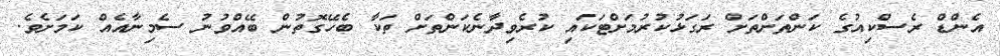
އެންޑް ރެސްކިއުގެ ކަންތަށްތަށް ރަގަޅުކުރުމަށްޓަކައި ކުރެވިދާނެކަންތަށް ތަކާ ބެހޭގޮތުން ބޭއްވުނު ސެމިނާއެއް ކަމަށެވެ.